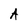
Character: A